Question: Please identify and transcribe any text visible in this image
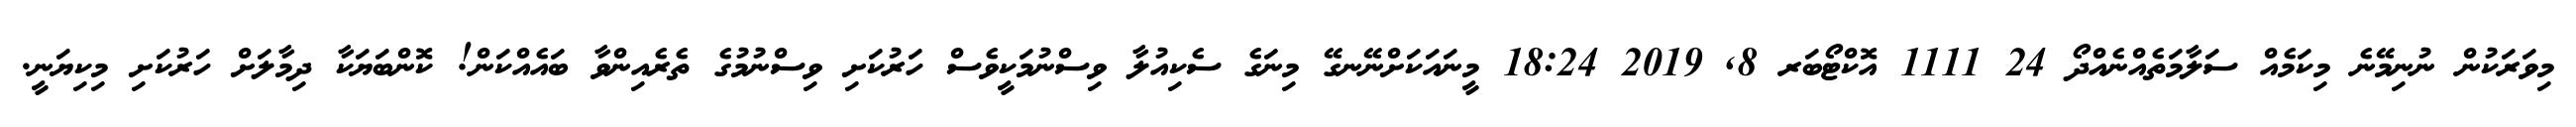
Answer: މިވަރަކުން ނުނިމޭނެ މިކަމެއް ސަލާމަތެއްނެއްދޯ 24 1111 އޮކްޓޯބަރ 8, 2019 18:24 މީނައަކަށްނޭނގޭ މިނަގެ ސެކިއުލާ ވިސްނުމަކީވެސް ހަރުކަށި ވިސްނުމުގެ ތެރެއިންވާ ބައެއްކަން! ކޮންބަޔަކާ ދިމާލަށް ހަރުކަށި މިކިޔަނީ.